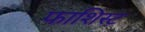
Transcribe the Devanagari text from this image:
फाशिस्ट